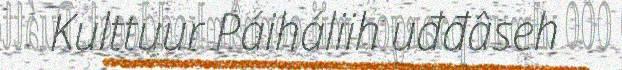
Kulttuur Páiháliih uđđâseh